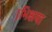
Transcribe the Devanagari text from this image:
।भिक्षया